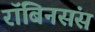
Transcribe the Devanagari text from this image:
रॉबिनसंस